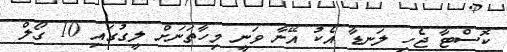
ކޮސްޓާ ޖެހި ލަނޑާ އެކު އޭނާ ވަނީ މިހާތަނަށް ލީގުގައި 10 ގޯލް